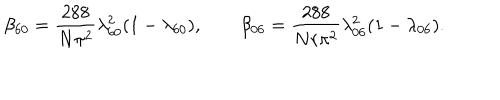
LaTeX: \beta _ { 6 0 } = { \frac { 2 8 8 } { N \pi ^ { 2 } } } \lambda _ { 6 0 } ^ { 2 } ( 1 - \lambda _ { 6 0 } ) , \qquad \beta _ { 0 6 } = { \frac { 2 8 8 } { N r \pi ^ { 2 } } } \lambda _ { 0 6 } ^ { 2 } ( 1 - \lambda _ { 0 6 } ) .